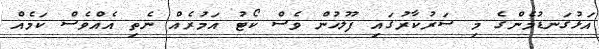
އަޅުގަނޑުމެންގެ މި ސަރުކާރުގައި ފުލުހުން ވެސް ކޯޓު އަމުރެއް ނެތި އެއްވެސް ކަމެއް